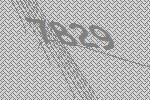
7829